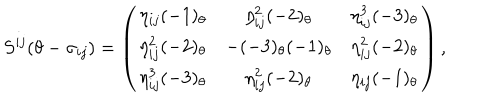
S ^ { i j } ( \theta - \sigma _ { i j } ) = \left( \begin{array} { c c c } { { \eta _ { i j } ( - 1 ) _ { \theta } } } & { { \eta _ { i j } ^ { 2 } ( - 2 ) _ { \theta } } } & { { \eta _ { i j } ^ { 3 } ( - 3 ) _ { \theta } } } \\ { { \eta _ { i j } ^ { 2 } ( - 2 ) _ { \theta } } } & { { - ( - 3 ) _ { \theta } ( - 1 ) _ { \theta } } } & { { \eta _ { i j } ^ { 2 } ( - 2 ) _ { \theta } } } \\ { { \eta _ { i j } ^ { 3 } ( - 3 ) _ { \theta } } } & { { \eta _ { i j } ^ { 2 } ( - 2 ) _ { \theta } } } & { { \eta _ { i j } ( - 1 ) _ { \theta } } } \\ \end{array} \right) ,